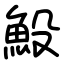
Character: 𩵤